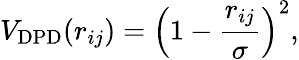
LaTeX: V_{\mathrm{DPD}}(r_{ij})=\left(1-\frac{r_{ij}}{\sigma}\right)^{2},